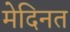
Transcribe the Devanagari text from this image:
मेदिनत